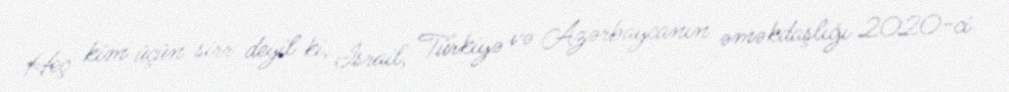
Heç kim üçün sirr deyil ki, İsrail, Türkiyə və Azərbaycanın əməkdaşlığı 2020-ci